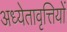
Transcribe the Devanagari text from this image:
अध्येतावृत्तियों